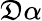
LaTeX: \mathfrak{D}\alpha